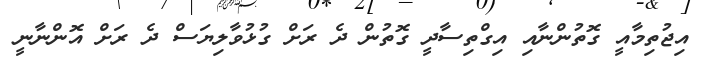
އިޖުތިމާއީ ގޮތުންނާއި އިގްތިސާދީ ގޮތުން ދެ ރަށް ގުޅުވާލިޔަސް ދެ ރަށް އޮންނާނީ